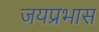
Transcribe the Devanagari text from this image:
जयप्रभास